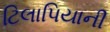
ટિલાપિયાની